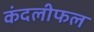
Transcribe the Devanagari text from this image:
कंदलीफल